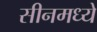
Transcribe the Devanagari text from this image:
सीनमध्ये